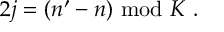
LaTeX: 2 j = ( n ^ { \prime } - n ) { } ~ \mathrm { m o d } { } ~ K { } ~ .